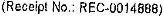
(RECEIPT NO.: REC-0014888)